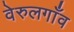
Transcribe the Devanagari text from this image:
वेरुलगाँव